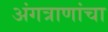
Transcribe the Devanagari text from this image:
अंगत्राणांचा